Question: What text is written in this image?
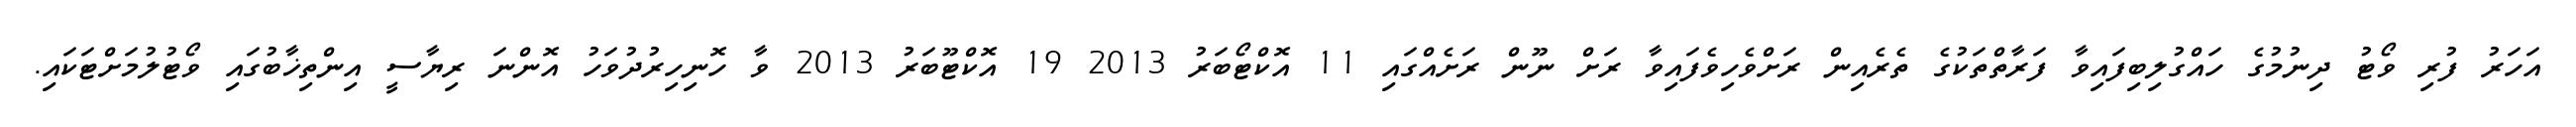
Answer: އަހަރު ފުރި ވޯޓު ދިނުމުގެ ހައްގުލިބިފައިވާ ފަރާތްތަކުގެ ތެރެއިން ރަށްވެހިވެފައިވާ ރަށް ނޫން ރަށެއްގައި 11 އޮކްޓޯބަރު 2013 19 އޮކްޓޫބަރު 2013 ވާ ހޮނިހިރުދުވަހު އޮންނަ ރިޔާސީ އިންތިޚާބުގައި ވޯޓުލުމަށްޓަކައި.